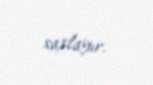
saxlayır.